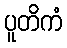
ပူတိကံ